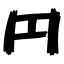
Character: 円